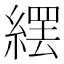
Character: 𦃿